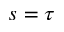
s = \tau